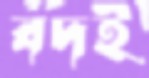
বদই